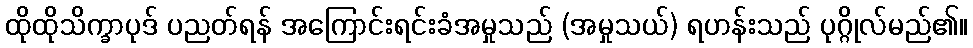
ထိုထိုသိက္ခာပုဒ် ပညတ်ရန် အကြောင်းရင်းခံအမှုသည် (အမှုသယ်) ရဟန်းသည် ပုဂ္ဂိုလ်မည်၏။